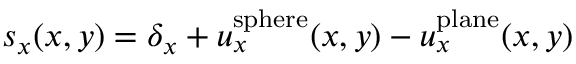
s _ { x } ( x , y ) = \delta _ { x } + u _ { x } ^ { \mathrm { s p h e r e } } ( x , y ) - u _ { x } ^ { \mathrm { p l a n e } } ( x , y )